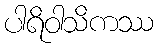
ပါရိဝါသိကဿ